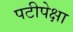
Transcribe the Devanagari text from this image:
पटीपेक्षा